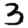
Digit: 3